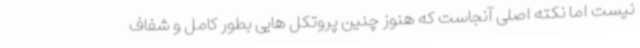
نیست اما نکته اصلی آنجاست که هنوز چنین پروتکل هایی بطور کامل و شفاف